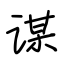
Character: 谋